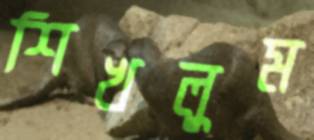
শিখলুম